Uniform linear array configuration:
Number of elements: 12
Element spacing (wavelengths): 0.5
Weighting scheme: exponential
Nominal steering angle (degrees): -60
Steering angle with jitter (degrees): -58.248
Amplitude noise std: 0.05
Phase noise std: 0.05

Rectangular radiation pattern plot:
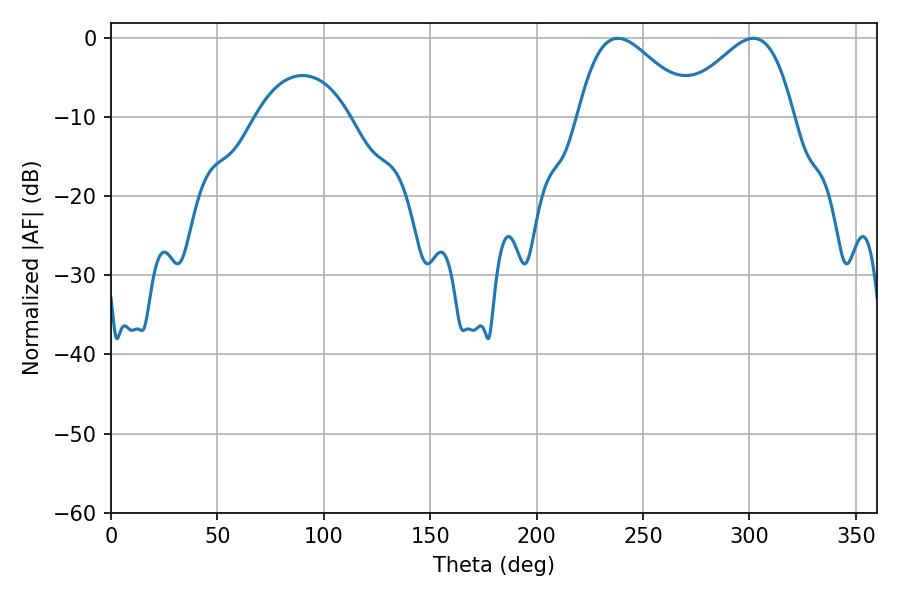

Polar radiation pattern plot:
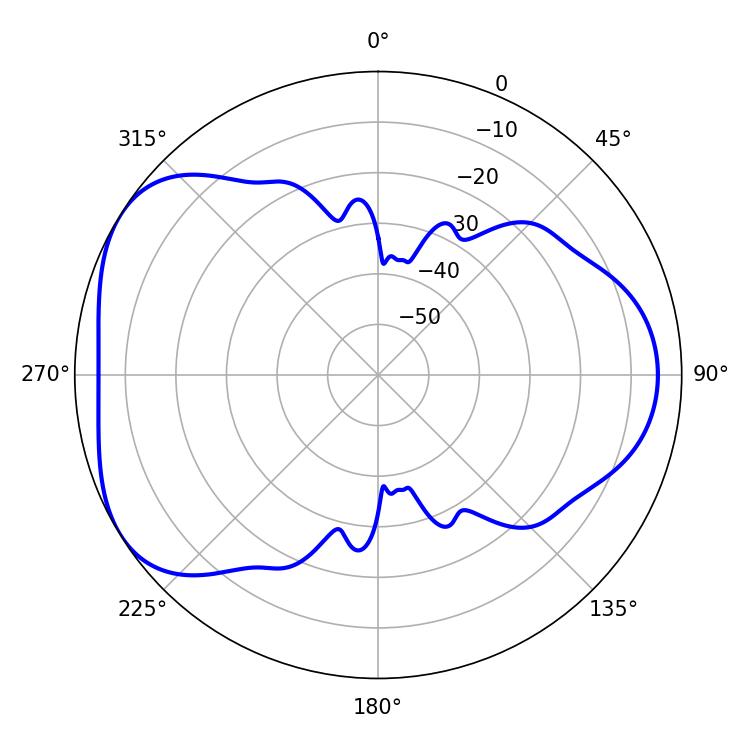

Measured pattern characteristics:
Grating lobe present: FALSE
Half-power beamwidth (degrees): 28.62
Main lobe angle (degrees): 238.14